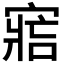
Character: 𡩩